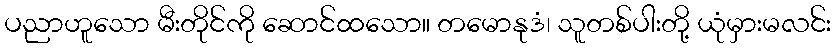
ပညာဟူသော မီးတိုင်ကို ဆောင်ထသော။ တမောနုဒံ၊ သူတစ်ပါးတို့ ယုံမှားမလင်း